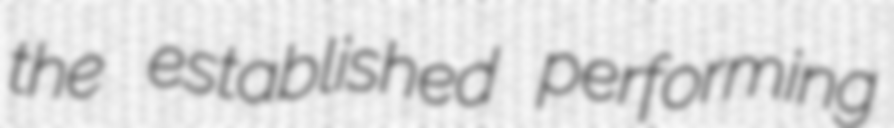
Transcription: the established performing